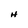
Character: H